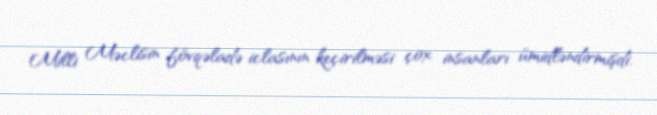
Milli Məclisin fövqəladə iclasının keçirilməsi çox insanları ümidləndirmişdi.